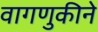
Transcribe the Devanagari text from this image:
वागणुकीने